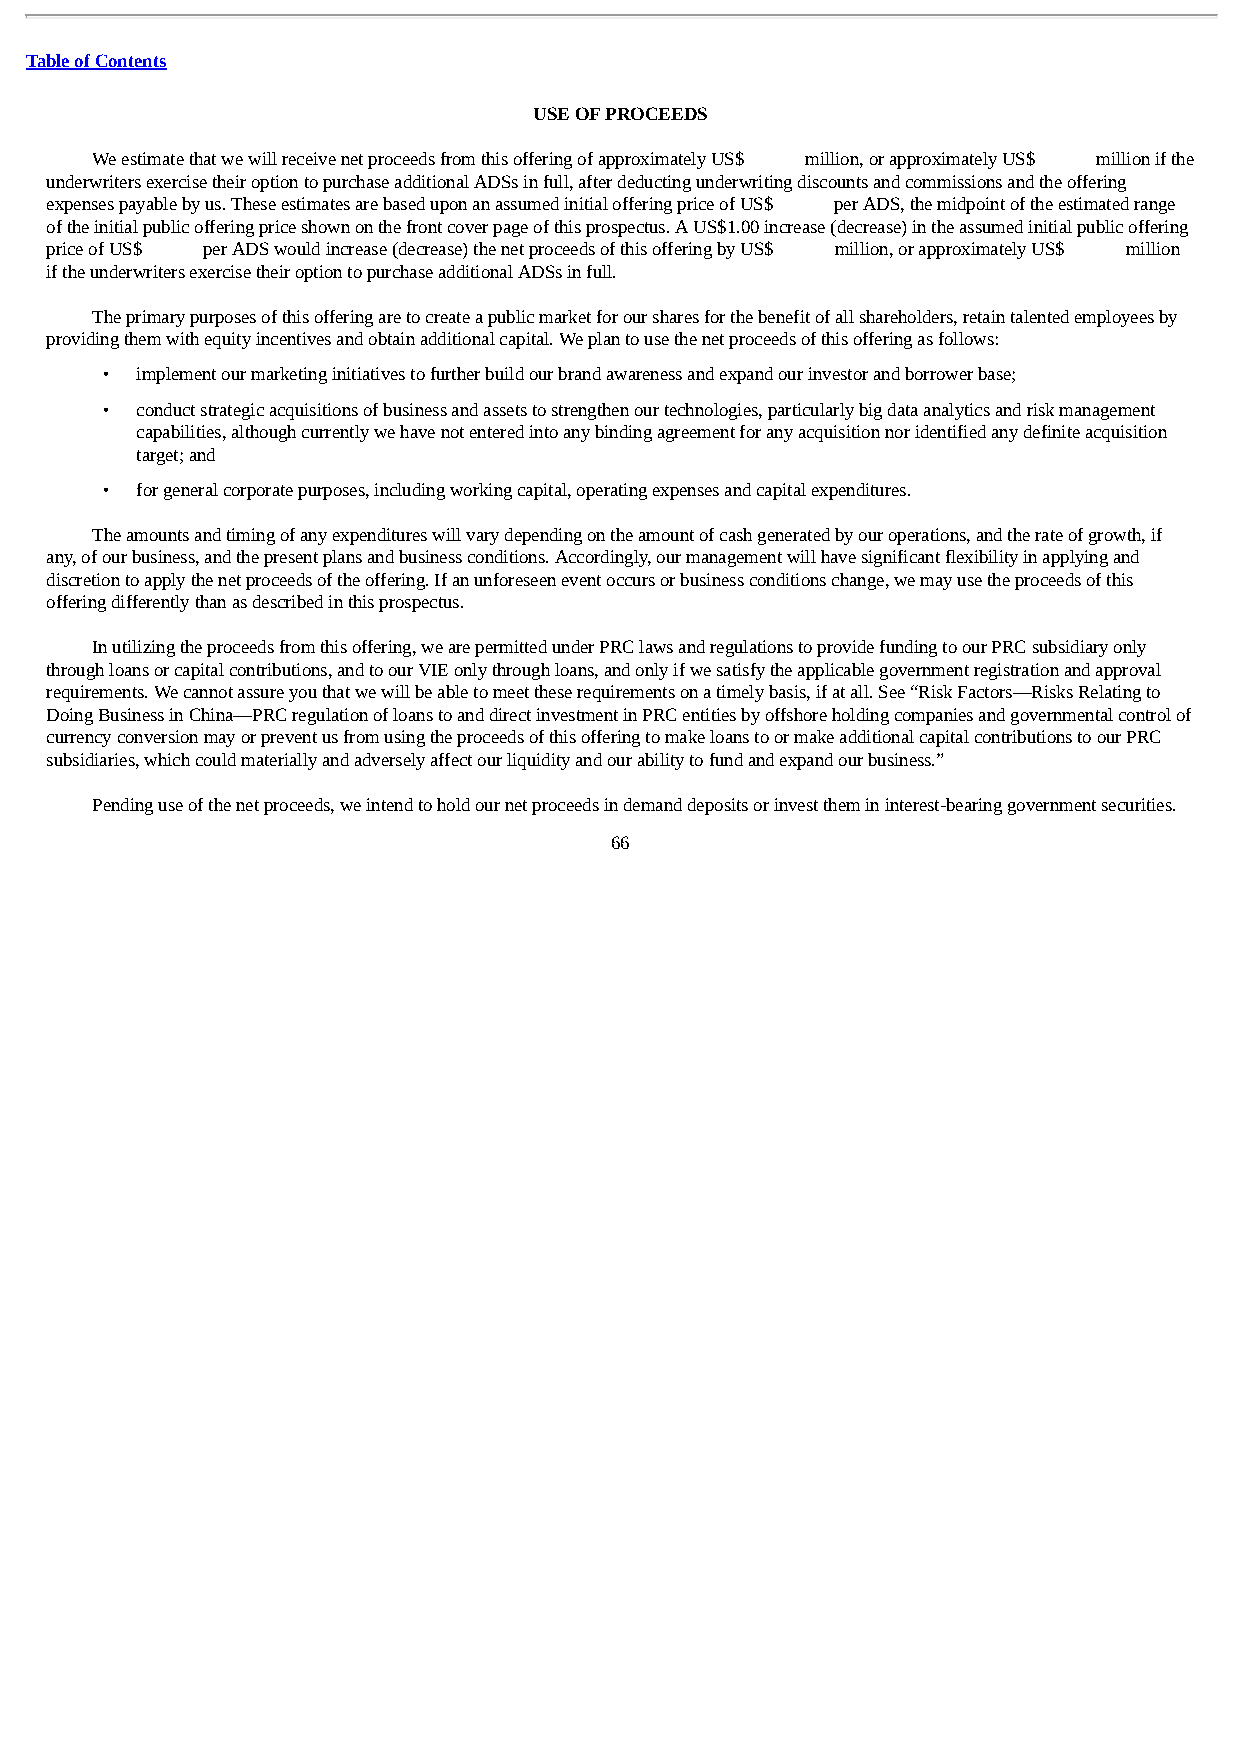
Table of Contents
 USE OF PROCEEDS
 We estimate that we will receive net proceeds from this offering of approximately US$ million, or approximately US$ million if the
 underwriters exercise their option to purchase additional ADSs in full, after deducting underwriting discounts and commissions and the offering
 expenses payable by us. These estimates are based upon an assumed initial offering price of US$ per ADS, the midpoint of the estimated range
 of the initial public offering price shown on the front cover page of this prospectus. A US$1.00 increase (decrease) in the assumed initial public offering
 price of US$ per ADS would increase (decrease) the net proceeds of this offering by US$ million, or approximately US$ million
 if the underwriters exercise their option to purchase additional ADSs in full.
 The primary purposes of this offering are to create a public market for our shares for the benefit of all shareholders, retain talented employees by
 providing them with equity incentives and obtain additional capital. We plan to use the net proceeds of this offering as follows:
 • implement our marketing initiatives to further build our brand awareness and expand our investor and borrower base;
 • conduct strategic acquisitions of business and assets to strengthen our technologies, particularly big data analytics and risk management
 capabilities, although currently we have not entered into any binding agreement for any acquisition nor identified any definite acquisition
 target; and
 • for general corporate purposes, including working capital, operating expenses and capital expenditures.
 The amounts and timing of any expenditures will vary depending on the amount of cash generated by our operations, and the rate of growth, if
 any, of our business, and the present plans and business conditions. Accordingly, our management will have significant flexibility in applying and
 discretion to apply the net proceeds of the offering. If an unforeseen event occurs or business conditions change, we may use the proceeds of this
 offering differently than as described in this prospectus.
 In utilizing the proceeds from this offering, we are permitted under PRC laws and regulations to provide funding to our PRC subsidiary only
 through loans or capital contributions, and to our VIE only through loans, and only if we satisfy the applicable government registration and approval
 requirements. We cannot assure you that we will be able to meet these requirements on a timely basis, if at all. See “Risk Factors—Risks Relating to
 Doing Business in China—PRC regulation of loans to and direct investment in PRC entities by offshore holding companies and governmental control of
 currency conversion may or prevent us from using the proceeds of this offering to make loans to or make additional capital contributions to our PRC
 subsidiaries, which could materially and adversely affect our liquidity and our ability to fund and expand our business.”
 Pending use of the net proceeds, we intend to hold our net proceeds in demand deposits or invest them in interest-bearing government securities.
 66